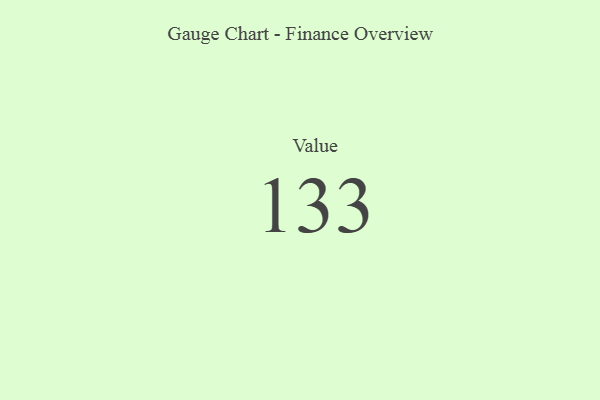
{"axis": {"x": "Metric", "y": "Value"}, "legend": [""], "data": [{"x": "Value", "y": 133, "type": ""}]}